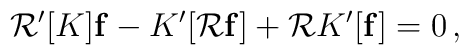
{\cal R}'[K]{\bf f} - K'[{\cal R}{\bf f}] + {\cal R} K'[{\bf f}] = 0 \,,